Report of the Bombay Plague Committee
Disease focus: Plague
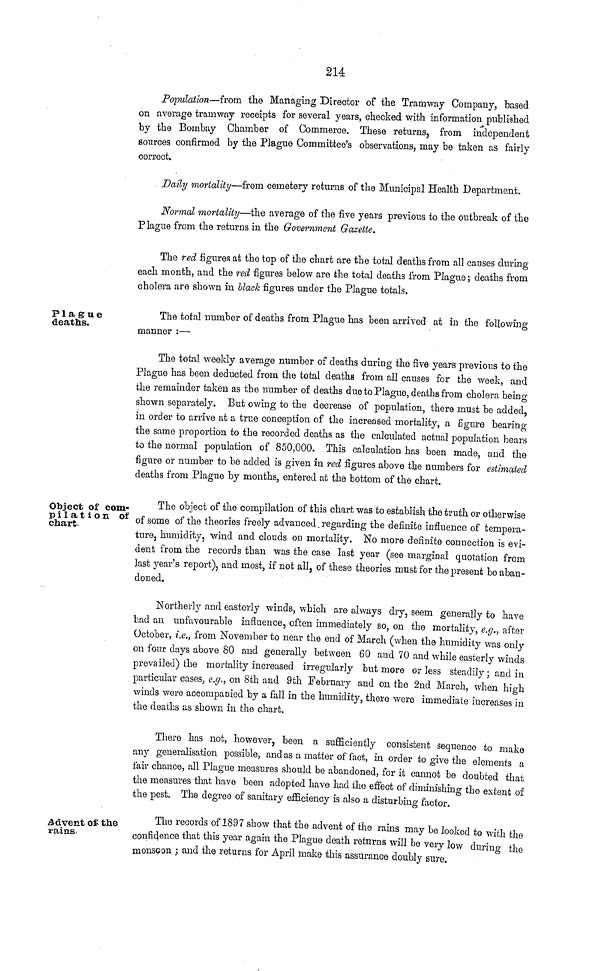
214
Population—from the Managing Director of the Tramway Company, based
on average tramway receipts for several years, checked with information published
by the Bombay Chamber of Commerce. These returns, from independent
sources confirmed by the Plague Committee's observations, may be taken as fairly
correct.
Daily mortality—from cemetery returns of the Municipal Health Department.
Normal mortality—the average of the five years previous to the outbreak of the
P iague from the returns in the Government Gazette.
The red figures at the top of the chart are the total deaths from all causes during
each month, and the red figures below are fche total deaths from Plague; deaths from
cholera are shown in black figures under the Plague totals.
Plague
deaths.
The total number of deaths from Plague has been arrived at in the following
manner :—
The total weekly average number of deaths during the five years previous to the
Plague has been deducted from the total deaths from all causes for the week, and
the remainder taken as the number of deaths due to Plague, deaths from cholera being
shown separately. But owing to the decrease of population, there must be added,
in order to arrive at a true conception of the increased mortality, a figure bearing
the same proportion to the recorded deaths as the calculated actual population bears
to the normal population of 850,000. This calculation has been made, and the
figure or number to be added is given in red figures above the numbers for estimated
deaths from Plague by months, entered at the bottom of the chart.
Object of com-
pilation of
chart.
The object of the compilation of this chart was to establish the truth or otherwise
of some of the theories freely advanced. regarding the definite influence of tempera-
ture, humidity, wind and clouds on mortality. No more definite connection is evi-
dent from the records than was the case last year (see marginal quotation from
last year's report), and most, if not all, of these theories must for the present be aban-
doned.
Northerly and easterly winds, which are always dry, seem generally to have
had an unfavourable influence, often immediately so, on the mortality, e.g., after
October, i.e., from November to near the end of March (when the humidity was only
on four days above 80 and generally between 60 and 70 and while easterly winds
prevailed) the mortality increased irregularly but more or less steadily ; and in
particular cases, e.g., on 8th and 9th February and on the 2nd March, when high
winds were accompanied by a fall in the humidity, there were immediate increases in
the deaths as shown in the chart.
There has not, however, been a sufficiently consistent sequence to make
any generalisation possible, and as a matter of fact, in order to give the elements a
fair chance, all Plague measures should be abandoned, for it cannot be doubted that
the measures that have been adopted have had the effect of diminishing tho extent of
the pest. The degree of sanitary efficiency is also a disturbing factor.
Adventof the
yains.
Tho records of 1897 show that the advent of the rains may be looked to with the
confidence that this year again the Plague death returns will be very low durino- the
monsGon ; and the returns for April make this assurance doubly sure.